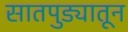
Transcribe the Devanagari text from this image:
सातपुड्यातून